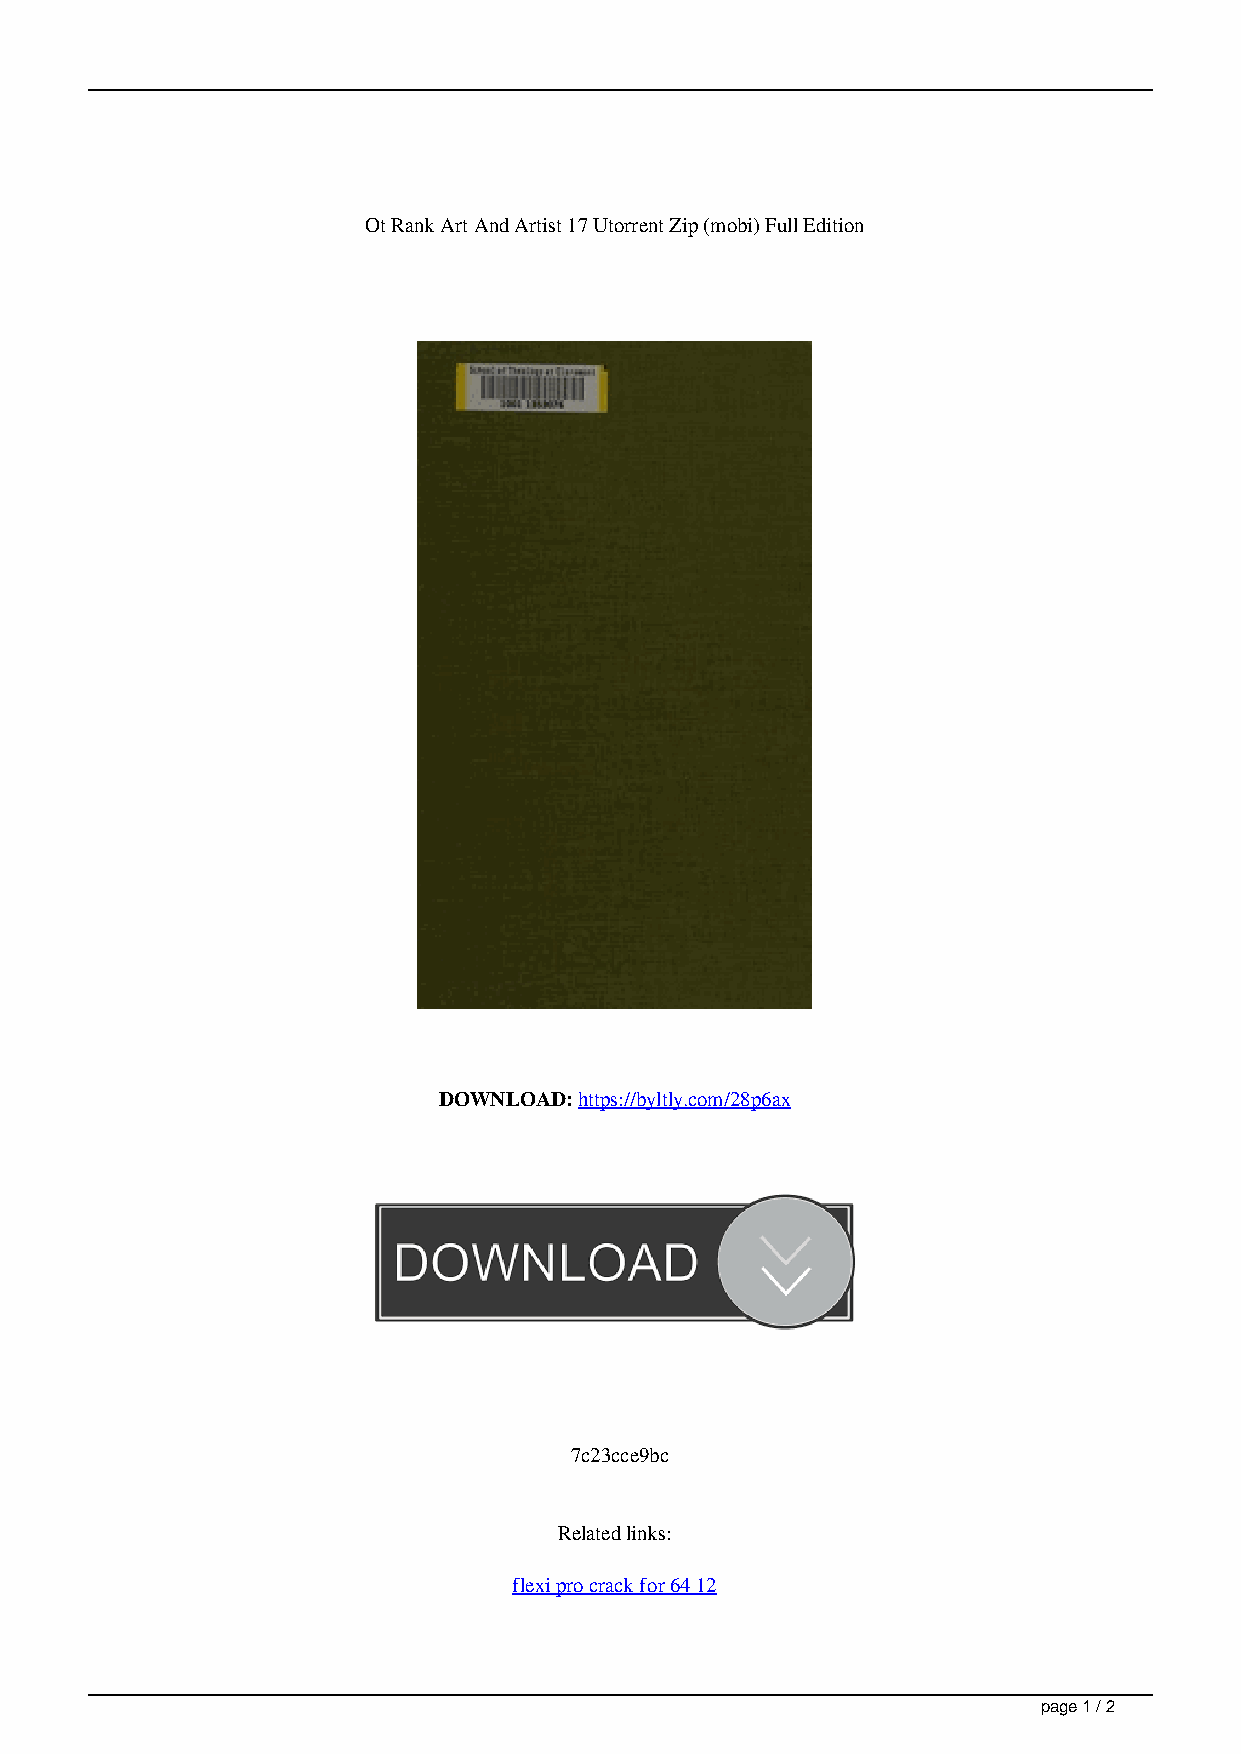
Ot Rank Art And Artist 17 Utorrent Zip (mobi) Full Edition
 DOWNLOAD: https://byltly.com/28p6ax
 7c23cce9bc
 Related links:
 flexi pro crack for 64 12
 page 1 / 2